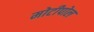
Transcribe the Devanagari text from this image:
मोटीपोल